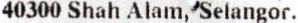
40300 SHAH ALAM, SELANGOR.